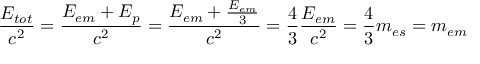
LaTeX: { \frac { E _ { t o t } } { c ^ { 2 } } } = { \frac { E _ { e m } + E _ { p } } { c ^ { 2 } } } = { \frac { E _ { e m } + { \frac { E _ { e m } } { 3 } } } { c ^ { 2 } } } = { \frac { 4 } { 3 } } { \frac { E _ { e m } } { c ^ { 2 } } } = { \frac { 4 } { 3 } } m _ { e s } = m _ { e m }